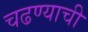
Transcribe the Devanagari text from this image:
चढण्याची